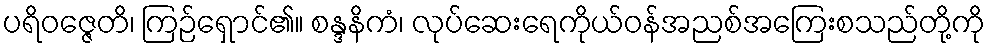
ပရိဝဇ္ဇေတိ၊ ကြဉ်ရှောင်၏။ စန္ဒနိကံ၊ လုပ်ဆေးရေကိုယ်ဝန်အညစ်အကြေးစသည်တို့ကို